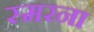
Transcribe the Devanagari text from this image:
स्मरना